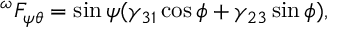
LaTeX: ^ { \omega } F _ { \psi \theta } = \sin \psi ( \gamma _ { 3 1 } \cos \phi + \gamma _ { 2 3 } \sin \phi ) ,